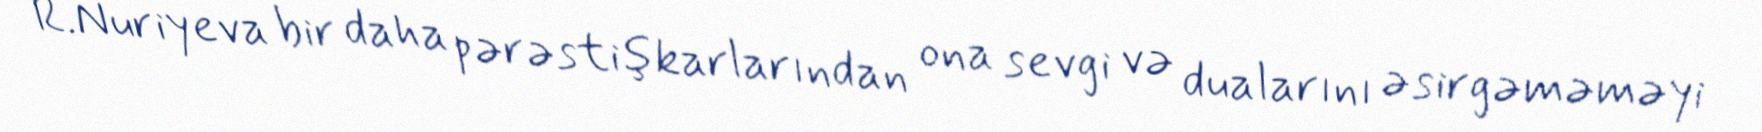
R.Nuriyeva bir daha pərəstişkarlarından ona sevgi və dualarını əsirgəməməyi